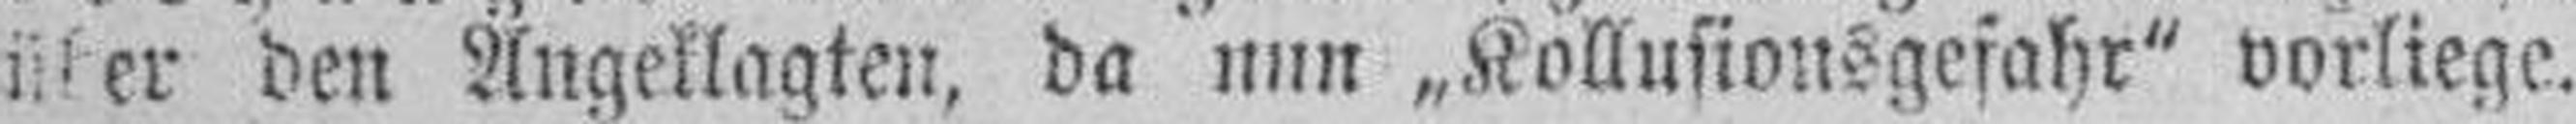
über den Angeklagten, da nun „Kollusionsgefahr“ vorliege.